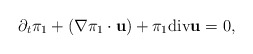
\begin{align*}\partial_t \pi_1 + (\nabla \pi_1 \cdot {\bf u})+ \pi_1 {\rm div}{\bf u}= 0,\end{align*}